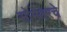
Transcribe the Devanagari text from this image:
सोमेश्वरचे